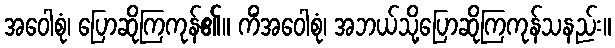
အဝေါစုံ၊ ပြောဆိုကြကုန်၏။ ကိံအဝေါစုံ၊ အဘယ်သို့ပြောဆိုကြကုန်သနည်း။